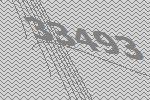
33493